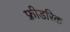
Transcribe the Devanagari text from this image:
फ़्रीडरिक